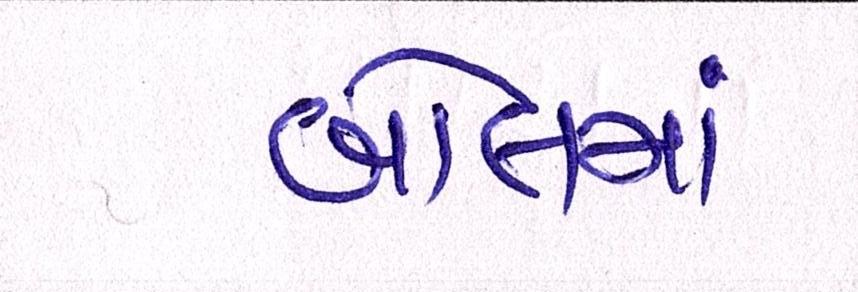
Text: બોલમાં